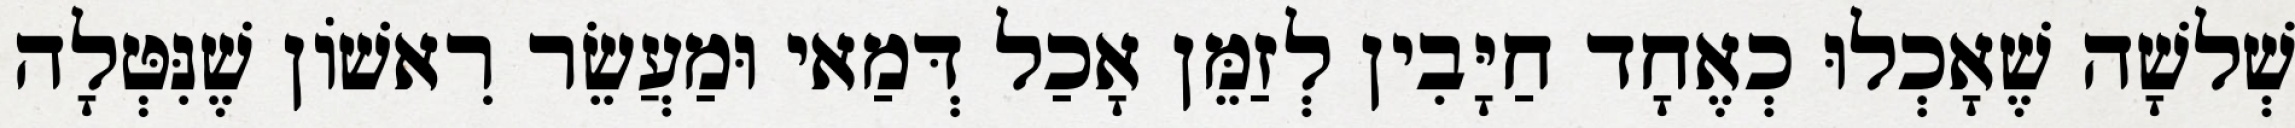
שְׁלשָׁה שֶׁאָכְלוּ כְאֶחָד חַיָּבִין לְזַמֵּן אָכַל דְּמַאי וּמַעֲשֵׂר רִאשׁוֹן שֶׁנִּטְּלָה